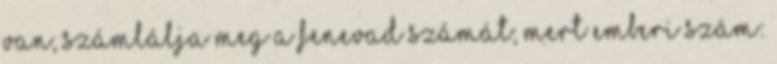
van, számlálja meg a fenevad számát; mert emberi szám: